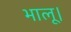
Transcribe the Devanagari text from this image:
भालू।